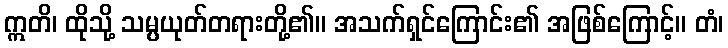
ဣတိ၊ ထိုသို့ သမ္ပယုတ်တရားတို့၏။ အသက်ရှင်ကြောင်း၏ အဖြစ်ကြောင့်။ တံ၊